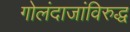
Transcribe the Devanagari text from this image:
गोलंदाजांविरुद्ध